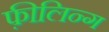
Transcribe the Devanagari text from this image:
फ़ीलिन्ग